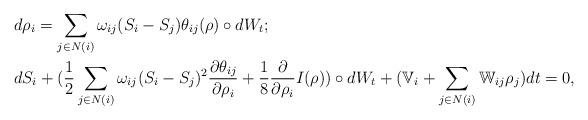
LaTeX: \begin{align*}& d\rho_i=\sum_{j\in N(i)}\omega_{ij}(S_i-S_j)\theta_{ij}(\rho) \circ dW_t;\\& d S_i+(\frac 12\sum_{j\in N(i)}\omega_{ij}(S_i-S_j)^2 \frac {\partial \theta_{ij}}{\partial \rho_i}+\frac 18 \frac {\partial}{\partial \rho_i} I(\rho))\circ dW_t+(\mathbb V_i+\sum_{j\in N(i)}\mathbb W_{ij}\rho_j)dt=0,\end{align*}